Annual administration and progress report of the Indian Medical Department, Bombay
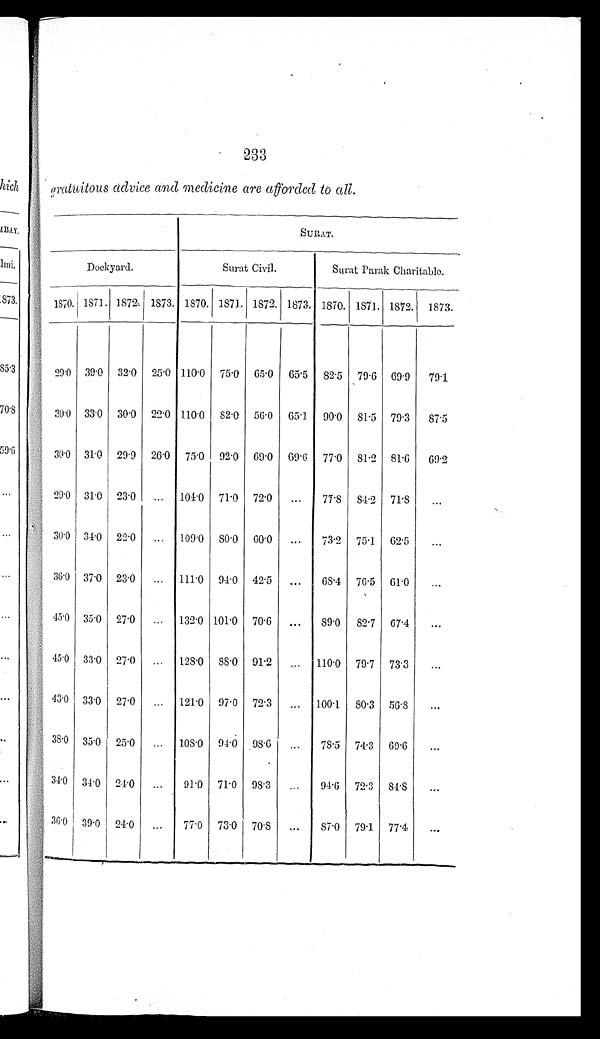
233
gratuitous advice and medicine are afforded to all.
S U R A T .
Do c k y a r d .
Surat Ci vi l .
Surat Parak Charitable.
1870. 1871. 1872. 1873. 1870. 1871. 1872. 1873. 1870. 1871. 1872. 1873.
29.0 39.0 32.0 25.0 110.0 75.0 65.0 65.5 82.5 79.6 69.9
79.1
30.0 33.0 30.0 22.0 110.0 82.0 56.0 65.1
90.0 81.5 79.3
87.5
30.0 31.0 29.9 26.0 75.0 92.0 69.0 69.6 77.0 81.2 81.6
69.2
29.0 31.0 23.0
...
104.0 71.0 72.0
...
77.8 84.2 71.8
...
30.0 34.0 22.0 ...
109.0 80.0 60.0
...
73.2 75.1 62.5
...
36.0 37.0 23.0
...
111.0 94.0 42.5
...
68.4 76.5 61.0 ...
45.0 35.0 27.0
...
132.0 101.0 70.6
...
89.0
82.7 67.4
...
45.0 33.0 27.0
...
128.0 88.0 91.2
...
110.0 79.7 73.3
...
43.0 33.0 27.0
...
121.0 97.0 72.3
...
100.1
80.3 56.8
...
38.0 35.0 25.0
...
108.0 94.0 98.6
...
78.5 74.3 69.6
...
34.0 34.0 24.0
...
91.0 71.0 98.3
...
94.6 72.3 84.8
...
36.0
39.0
24.0
...
77.0 73.0 70.8
...
87.0 79.1 77.4
...